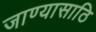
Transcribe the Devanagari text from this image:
जाण्यासाठि